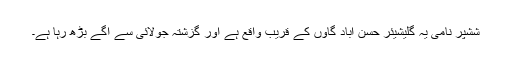
ششپر نامی یہ گلیشیئر حسن آباد گاؤں کے قریب واقع ہے اور گزشتہ جولائی سے آگے بڑھ رہا ہے۔